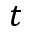
t